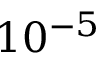
1 0 ^ { - 5 }